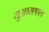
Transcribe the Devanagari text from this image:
युआरएएल